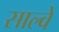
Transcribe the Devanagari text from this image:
साल्वें